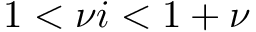
1 < \nu i < 1 + \nu